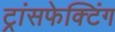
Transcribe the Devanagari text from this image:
ट्रांसफेक्टिंग